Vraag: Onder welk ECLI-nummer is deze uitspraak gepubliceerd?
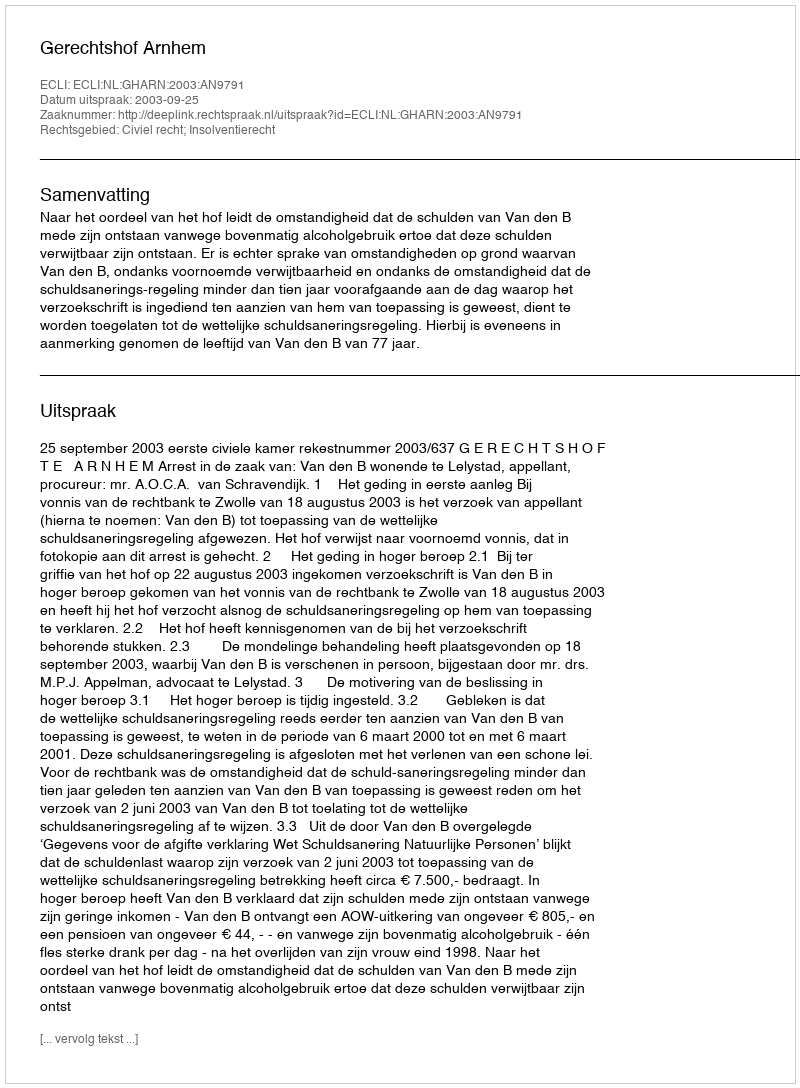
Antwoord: ECLI:NL:GHARN:2003:AN9791